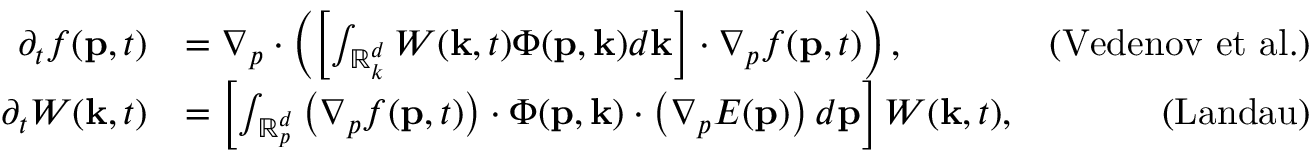
\begin{array} { r l r } { \partial _ { t } f ( \mathbf { p } , t ) } & { = \nabla _ { p } \cdot \left( \left[ \int _ { \mathbb { R } _ { k } ^ { d } } W ( \mathbf { k } , t ) \Phi ( \mathbf { p } , \mathbf { k } ) d \mathbf { k } \right] \cdot \nabla _ { p } f ( \mathbf { p } , t ) \right) , } & { \mathrm { ( V e d e n o v ~ e t ~ a l . } ) } \\ { \partial _ { t } W ( \mathbf { k } , t ) } & { = \left[ \int _ { \mathbb { R } _ { p } ^ { d } } \left( \nabla _ { p } f ( \mathbf { p } , t ) \right) \cdot \Phi ( \mathbf { p } , \mathbf { k } ) \cdot \left( \nabla _ { p } E ( \mathbf { p } ) \right) d \mathbf { p } \right] W ( \mathbf { k } , t ) , } & { \mathrm { ( L a n d a u ) } } \end{array}